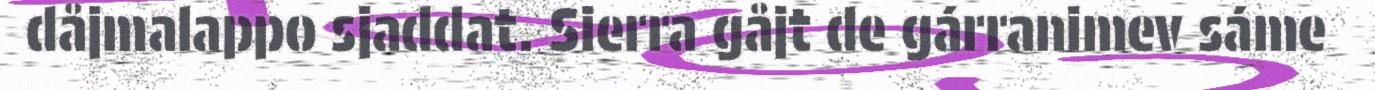
dåjmalappo sjaddat. Sierra gåjt de gárranimev sáme